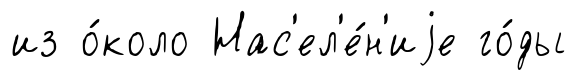
из о́коло Нас'ел'е́н'иjе го́ды